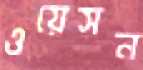
ওয়েসন